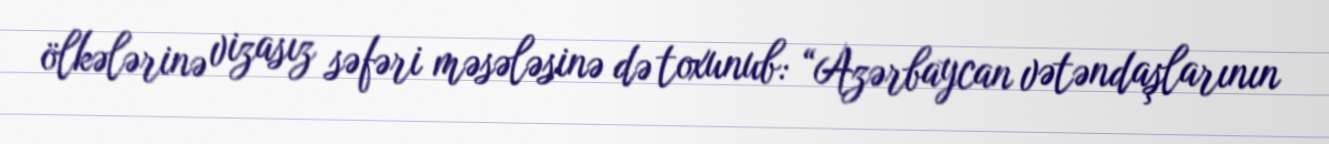
ölkələrinə vizasız səfəri məsələsinə də toxunub: “Azərbaycan vətəndaşlarının